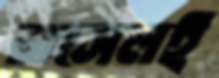
রাসেলই